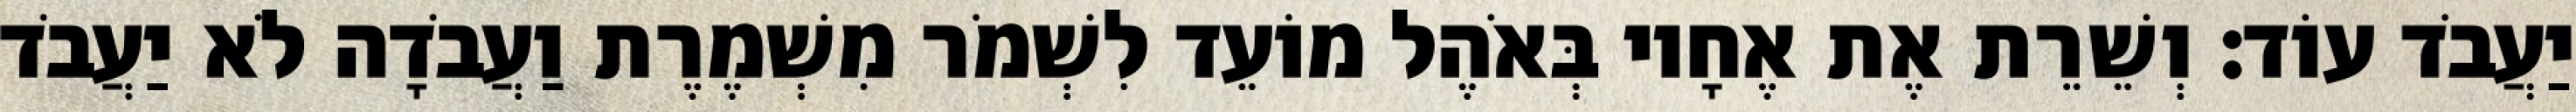
יַעֲבֹד עוֹד׃ וְשֵׁרֵת אֶת אֶחָיו בְּאֹהֶל מוֹעֵד לִשְׁמֹר מִשְׁמֶרֶת וַעֲבֹדָה לֹא יַעֲבֹד